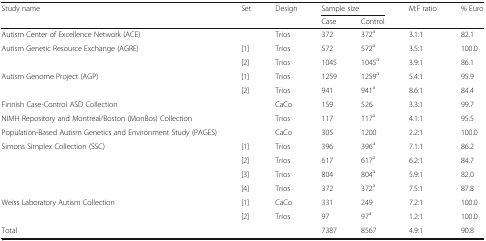
| <ROWSPAN=2> Study name | <ROWSPAN=2> Set | <ROWSPAN=2> Design | <COLSPAN=2> Sample size | <ROWSPAN=2> M:F ratio | <ROWSPAN=2> % Euro |
 | Case | Control |
 | --- | --- | --- | --- | --- | --- | --- |
 | Autism Center of Excellence Network (ACE) |  | Trios | 372 | 372a | 3.1:1 | 82.1 |
 | <ROWSPAN=2> Autism Genetic Resource Exchange (AGRE) | [1] | Trios | 572 | 572a | 3.5:1 | 100.0 |
 | [2] | Trios | 1045 | 1045a | 3.9:1 | 86.1 |
 | <ROWSPAN=2> Autism Genome Project (AGP) | [1] | Trios | 1259 | 1259a | 5.4:1 | 95.9 |
 | [2] | Trios | 941 | 941a | 8.6:1 | 84.4 |
 | Finnish Case-Control ASD Collection |  | CaCo | 159 | 526 | 3.3:1 | 99.7 |
 | NIMH Repository and Montreal/Boston (MonBos) Collection |  | Trios | 117 | 117a | 4.1:1 | 95.5 |
 | Population-Based Autism Genetics and Environment Study (PAGES) |  | CaCo | 305 | 1200 | 2.2:1 | 100.0 |
 | <ROWSPAN=4> Simons Simplex Collection (SSC) | [1] | Trios | 396 | 396a | 7.1:1 | 86.2 |
 | [2] | Trios | 617 | 617a | 6.2:1 | 84.7 |
 | [3] | Trios | 804 | 804a | 5.9:1 | 82.0 |
 | [4] | Trios | 372 | 372a | 7.5:1 | 87.8 |
 | <ROWSPAN=2> Weiss Laboratory Autism Collection | [1] | CaCo | 331 | 249 | 7.2:1 | 100.0 |
 | [2] | Trios | 97 | 97a | 1.2:1 | 100.0 |
 | <COLSPAN=3> Total | 7387 | 8567 | 4.9:1 | 90.8 |